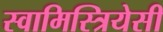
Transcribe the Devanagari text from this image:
स्वामिस्त्रियेसी